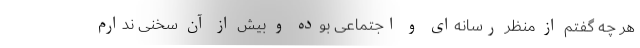
هر چه گفتم از منظر رسانه‌ای و اجتماعی بوده و بیش از آن سخنی ندارم